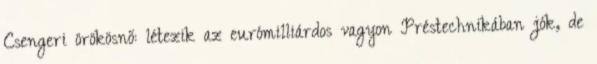
Csengeri örökösnő: létezik az eurómilliárdos vagyon Préstechnikában jók, de